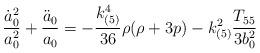
LaTeX: \begin{align*}\frac{\dot{a}^{2}_{0}}{a^{2}_{0}} + \frac{\ddot{a}_{0}}{a_{0}}= -\frac{k^{4}_{(5)}}{36} \rho(\rho+3p) -k^{2}_{(5)}\frac{T_{55}}{3b^{2}_{0}}\end{align*}